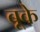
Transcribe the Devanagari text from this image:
बूके